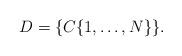
LaTeX: \begin{align*}D = \{C\{1,\ldots, N\}\}.\end{align*}